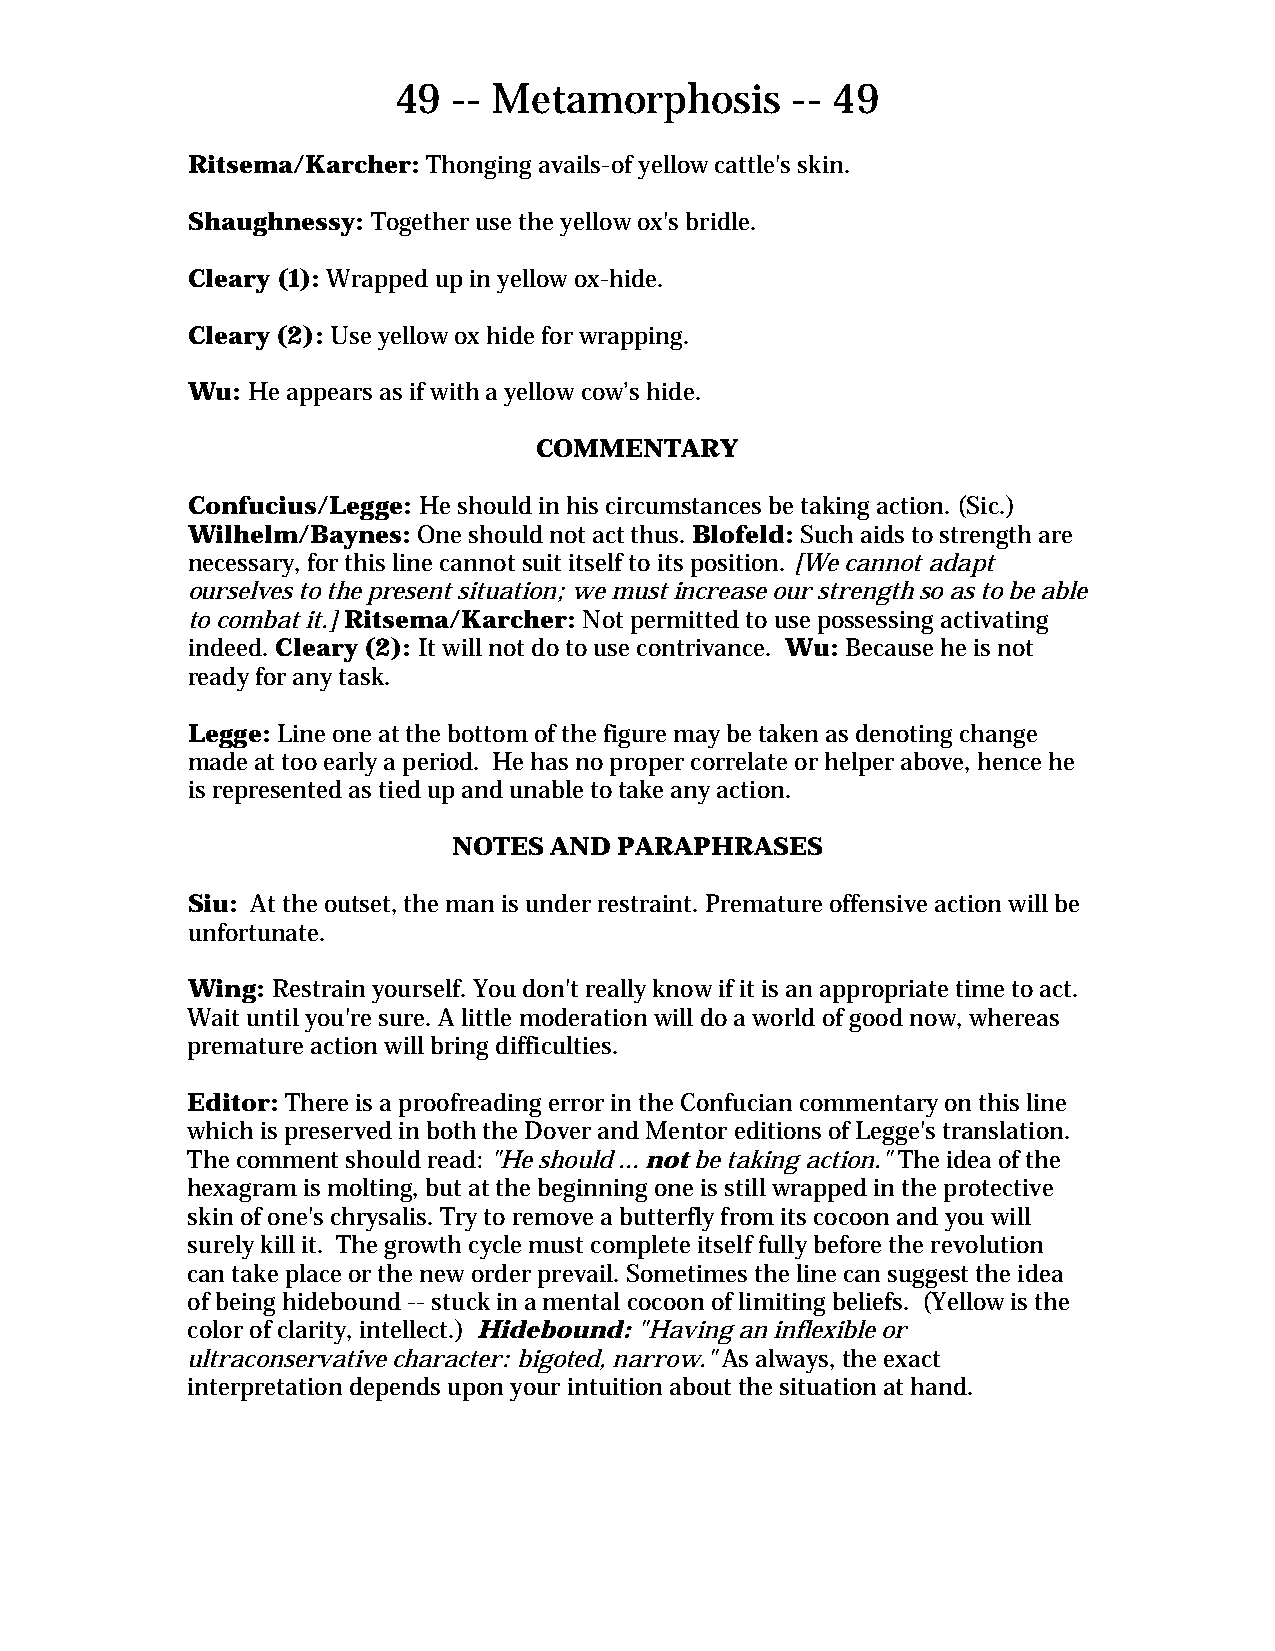
49  -- Metamorphosis      -- 49
 Ritsema/Karcher: Thonging avails-of yellow cattle's skin.
 Shaughnessy: Together use the yellow ox's bridle.
 Cleary (1): Wrapped up in yellow ox-hide.
 Cleary (2): Use yellow ox hide for wrapping.
 Wu: He appears as if with a yellow cow’s hide.
 COMMENTARY
 Confucius/Legge: He should in his circumstances be taking action. (Sic.)
 Wilhelm/Baynes: One should not act thus. Blofeld: Such aids to strength are
 necessary, for this line cannot suit itself to its position. [We cannot adapt
 ourselves to the present situation; we must increase our strength so as to be able
 to combat it.] Ritsema/Karcher: Not permitted to use possessing activating
 indeed. Cleary (2): It will not do to use contrivance. Wu: Because he is not
 ready for any task.
 Legge: Line one at the bottom of the figure may be taken as denoting change
 made at too early a period. He has no proper correlate or helper above, hence he
 is represented as tied up and unable to take any action.
 NOTES AND  PARAPHRASES
 Siu: At the outset, the man is under restraint. Premature offensive action will be
 unfortunate.
 Wing: Restrain yourself. You don't really know if it is an appropriate time to act.
 Wait until you're sure. A little moderation will do a world of good now, whereas
 premature action will bring difficulties.
 Editor: There is a proofreading error in the Confucian commentary on this line
 which is preserved in both the Dover and Mentor editions of Legge's translation.
 The comment should read: "He should ... not be taking action." The idea of the
 hexagram is molting, but at the beginning one is still wrapped in the protective
 skin of one's chrysalis. Try to remove a butterfly from its cocoon and you will
 surely kill it. The growth cycle must complete itself fully before the revolution
 can take place or the new order prevail. Sometimes the line can suggest the idea
 of being hidebound -- stuck in a mental cocoon of limiting beliefs. (Yellow is the
 color of clarity, intellect.) Hidebound: "Having an inflexible or
 ultraconservative character: bigoted, narrow." As always, the exact
 interpretation depends upon your intuition about the situation at hand.